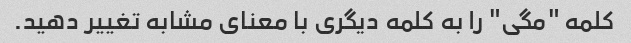
کلمه "مگی" را به کلمه دیگری با معنای مشابه تغییر دهید.